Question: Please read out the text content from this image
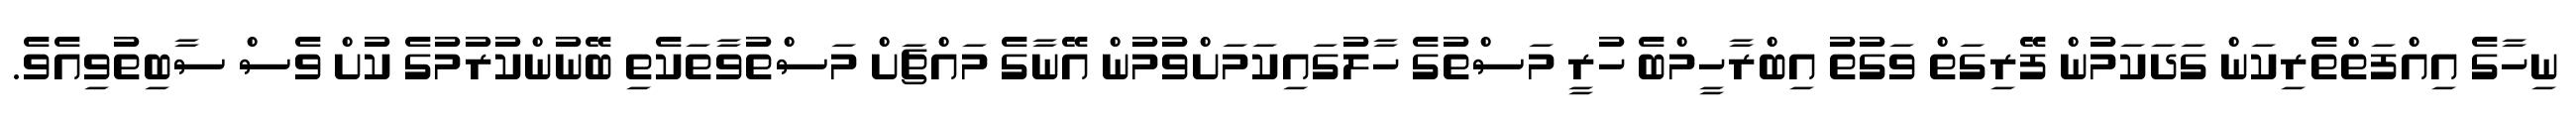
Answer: ނިހާގެ އިއްފަތްތެރިކަން ގަދަކަމުން ފޭރިގަތް ވަގުތު އިބްރާހީމްބެ ހުރީ މަސްތުގެ ހާލުގައިކަމަށްވުމުން އޭނާގެ މައްޗަށް މަސްތުވާތަކެތި ބޭނުންކުރުމުގެ ކުށް ވެސް ސާބިތުވިއެވެ.